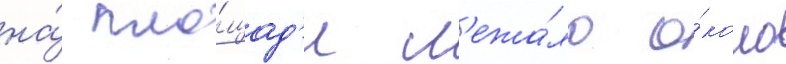
на́ пло́щад'и л'ежа́ло о́коло